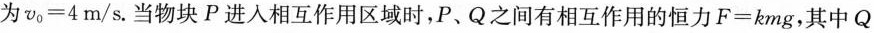
为$$v_{0} = 4$$m/s.当物块P进入相互作用区域时，P、Q之间有相互作用的恒力$$F = k m g$$，其中Q